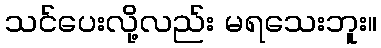
သင်ပေးလို့လည်း မရသေးဘူး။